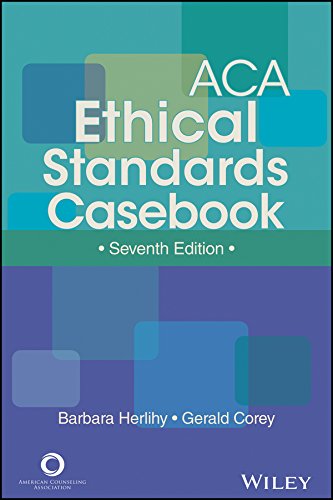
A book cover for ACA Ethical Standards Casebook, Seventh Edition; Barbara Herlihy; Business & Money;